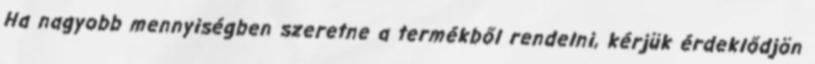
Ha nagyobb mennyiségben szeretne a termékből rendelni, kérjük érdeklődjön